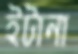
ইটানা